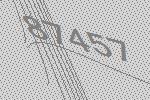
87457